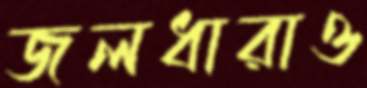
জলধারাও